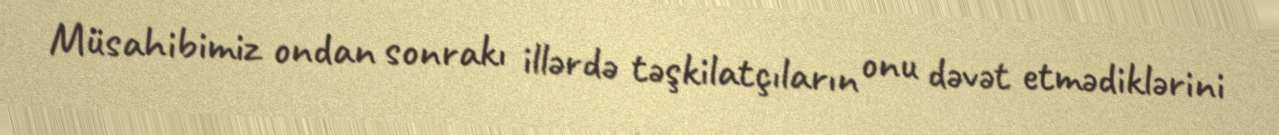
Müsahibimiz ondan sonrakı illərdə təşkilatçıların onu dəvət etmədiklərini